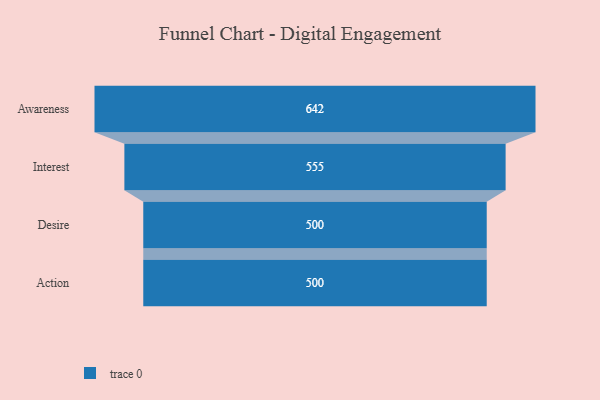
{"axis": {"x": "Stage", "y": "Value"}, "legend": [""], "data": [{"x": "Awareness", "y": 642.0, "type": ""}, {"x": "Interest", "y": 555.0, "type": ""}, {"x": "Desire", "y": 500, "type": ""}, {"x": "Action", "y": 500, "type": ""}]}